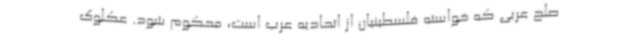
صلح عربی که خواسته فلسطینیان از اتحادیه عرب است، محکوم شود. عکلوک